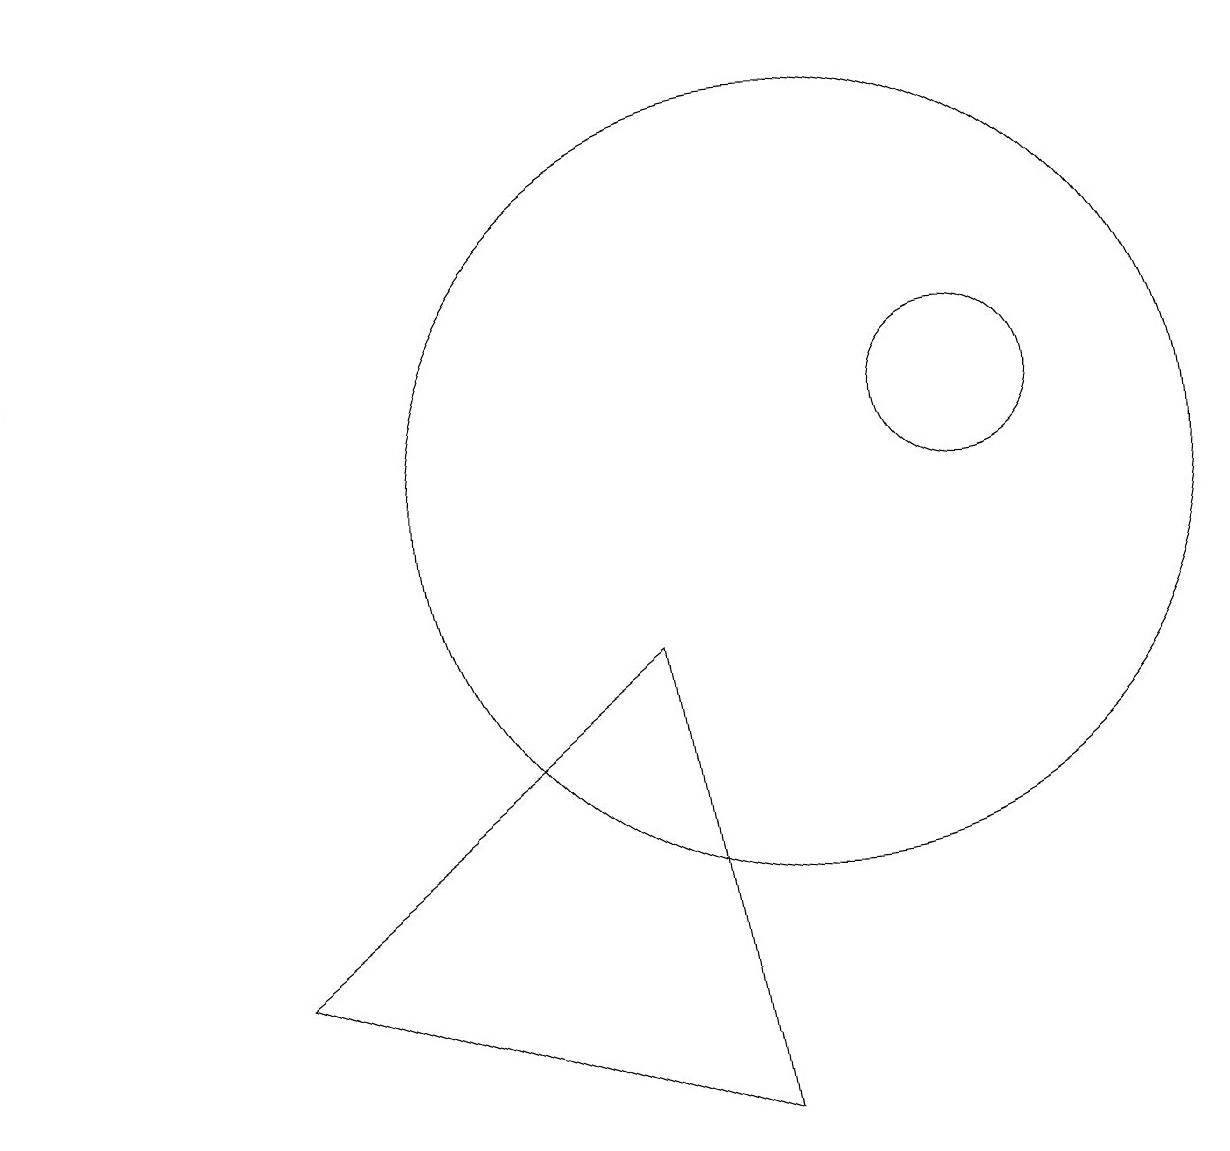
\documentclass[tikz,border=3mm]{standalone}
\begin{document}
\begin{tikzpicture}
\draw (9,2) -- (3,4) -- (8,8) -- cycle;
\draw (12,11) circle (1);
\draw (0,12) rectangle (0,16);
\draw (10,10) circle (5);
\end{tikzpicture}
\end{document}